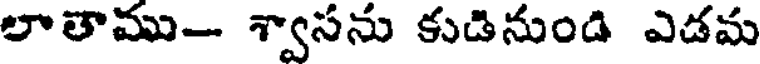
లాతాము- శ్వాసను కుడినుండి ఎడమ